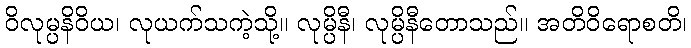
ဝိလုမ္ပနိဝိယ၊ လုယက်သကဲ့သို့။ လုမ္ပိနီ၊ လုမ္ပိနီတောသည်။ အတိဝိရောစတိ၊